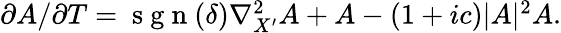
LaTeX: \begin{array}{r}{\partial A/\partial T=\mathrm{~s~g~n~}(\delta)\nabla_{X^{\prime}}^{2}A+A-(1+ic)|A|^{2}A.}\end{array}